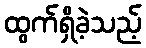
ထွက်ရှိခဲ့သည့်